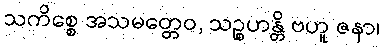
သကိစ္စေ အသမတ္တေဝ, သဉ္စဟန္တိ ဗဟူ ဇနာ၊